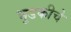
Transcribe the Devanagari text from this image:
भुडकीचे